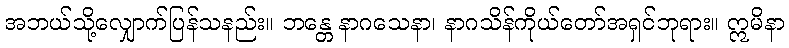
အဘယ်သို့လျှောက်ပြန်သနည်း။ ဘန္တေ နာဂသေနာ၊ နာဂသိန်ကိုယ်တော်အရှင်ဘုရား။ ဣမိနာ